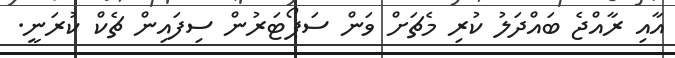
އާއި ރާއްޖެ ބައްދަލު ކުރި މެޗަށް ވަން ސަޕޯޓަރުން ސިފައިން ޗެކް ކުރަނީ.